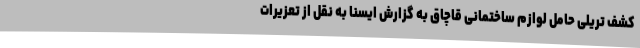
کشف تریلی حامل لوازم ساختمانی قاچاق به گزارش ایسنا به نقل از تعزیرات